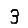
Digit: 3